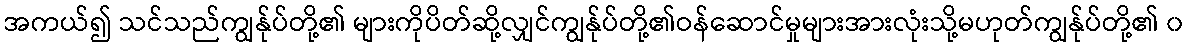
အကယ်၍ သင်သည်ကျွန်ုပ်တို့၏ များကိုပိတ်ဆို့လျှင်ကျွန်ုပ်တို့၏ဝန်ဆောင်မှုများအားလုံးသို့မဟုတ်ကျွန်ုပ်တို့၏ ၀